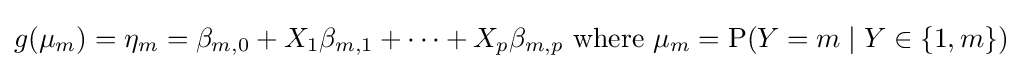
g(\mu _{m})=\eta _{m}=\beta _{m,0}+X_{1}\beta _{m,1}+\cdots +X_{p}\beta _{m,p}{\text{ where }}\mu _{m}=\mathrm {P} (Y=m\mid Y\in \{1,m\})